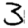
Digit: 3